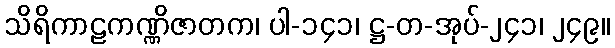
သိရိကာဠကဏ္ဏိဇာတက၊ ပါ-၁၄၁၊ ဋ္ဌ-တ-အုပ်-၂၄၁၊ ၂၄၉။